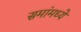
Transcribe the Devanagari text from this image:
समांमध्ये